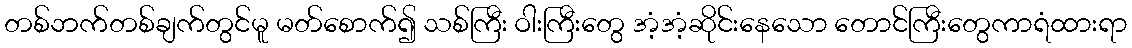
တစ်ဘက်တစ်ချက်တွင်မူ မတ်စောက်၍ သစ်ကြီး ဝါးကြီးတွေ အံ့အံ့ဆိုင်းနေသော တောင်ကြီးတွေကာရံထားရာ